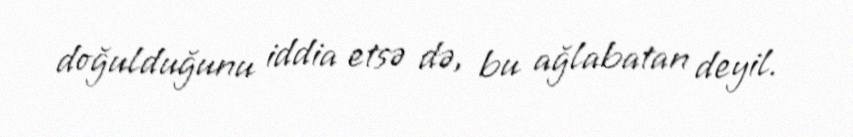
doğulduğunu iddia etsə də, bu ağlabatan deyil.